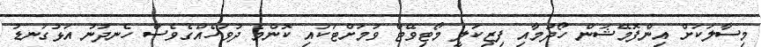
މިސާލަކަށް އިންފޮމޭޝަން ހޯދުމާއި ފިޒިކަލީ މޯޓިވޭޓް ވުމަށްޓަކައި ކޮންމެ ދުވަހެއްގެވެސް ހެނދުނު އަޅުގަނޑު